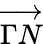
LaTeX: \overrightarrow{\Gamma N}